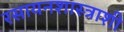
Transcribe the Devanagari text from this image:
रसायनशास्त्राशी